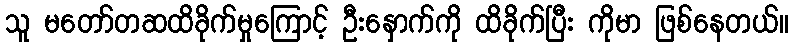
သူ မတော်တဆထိခိုက်မှုကြောင့် ဦးနှောက်ကို ထိခိုက်ပြီး ကိုမာ ဖြစ်နေတယ်။